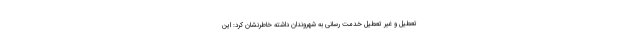
تعطیل و غیر تعطیل خدمت رسانی به شهروندان داشته خاطرنشان کرد: این